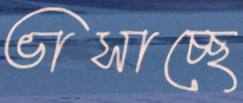
ভাসাচ্ছে